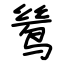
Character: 鸶